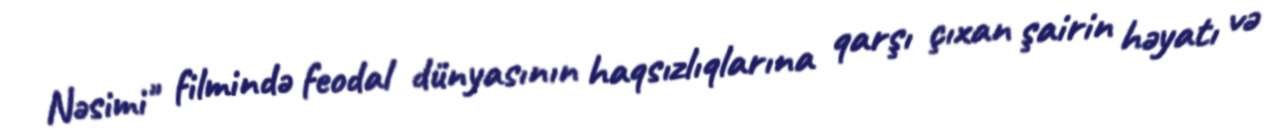
Nəsimi" filmində feodal dünyasının haqsızlıqlarına qarşı çıxan şairin həyatı və